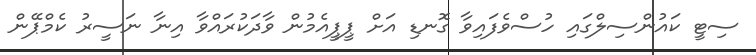
ސިޓީ ކައުންސިލްގައި ހުސްވެފައިވާ ގޮނޑި އަށް ޕީޕީއެމުން ވާދަކުރައްވާ އިނާ ނަސީރު ކެމްޕޭން